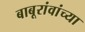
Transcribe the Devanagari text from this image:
बाबूरांवांच्या